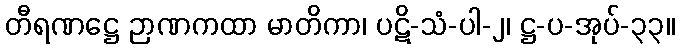
တီရဏဋ္ဌေ ဉာဏကထာ မာတိကာ၊ ပဋိ-သံ-ပါ-၂၊ ဋ္ဌ-ပ-အုပ်-၃၃။